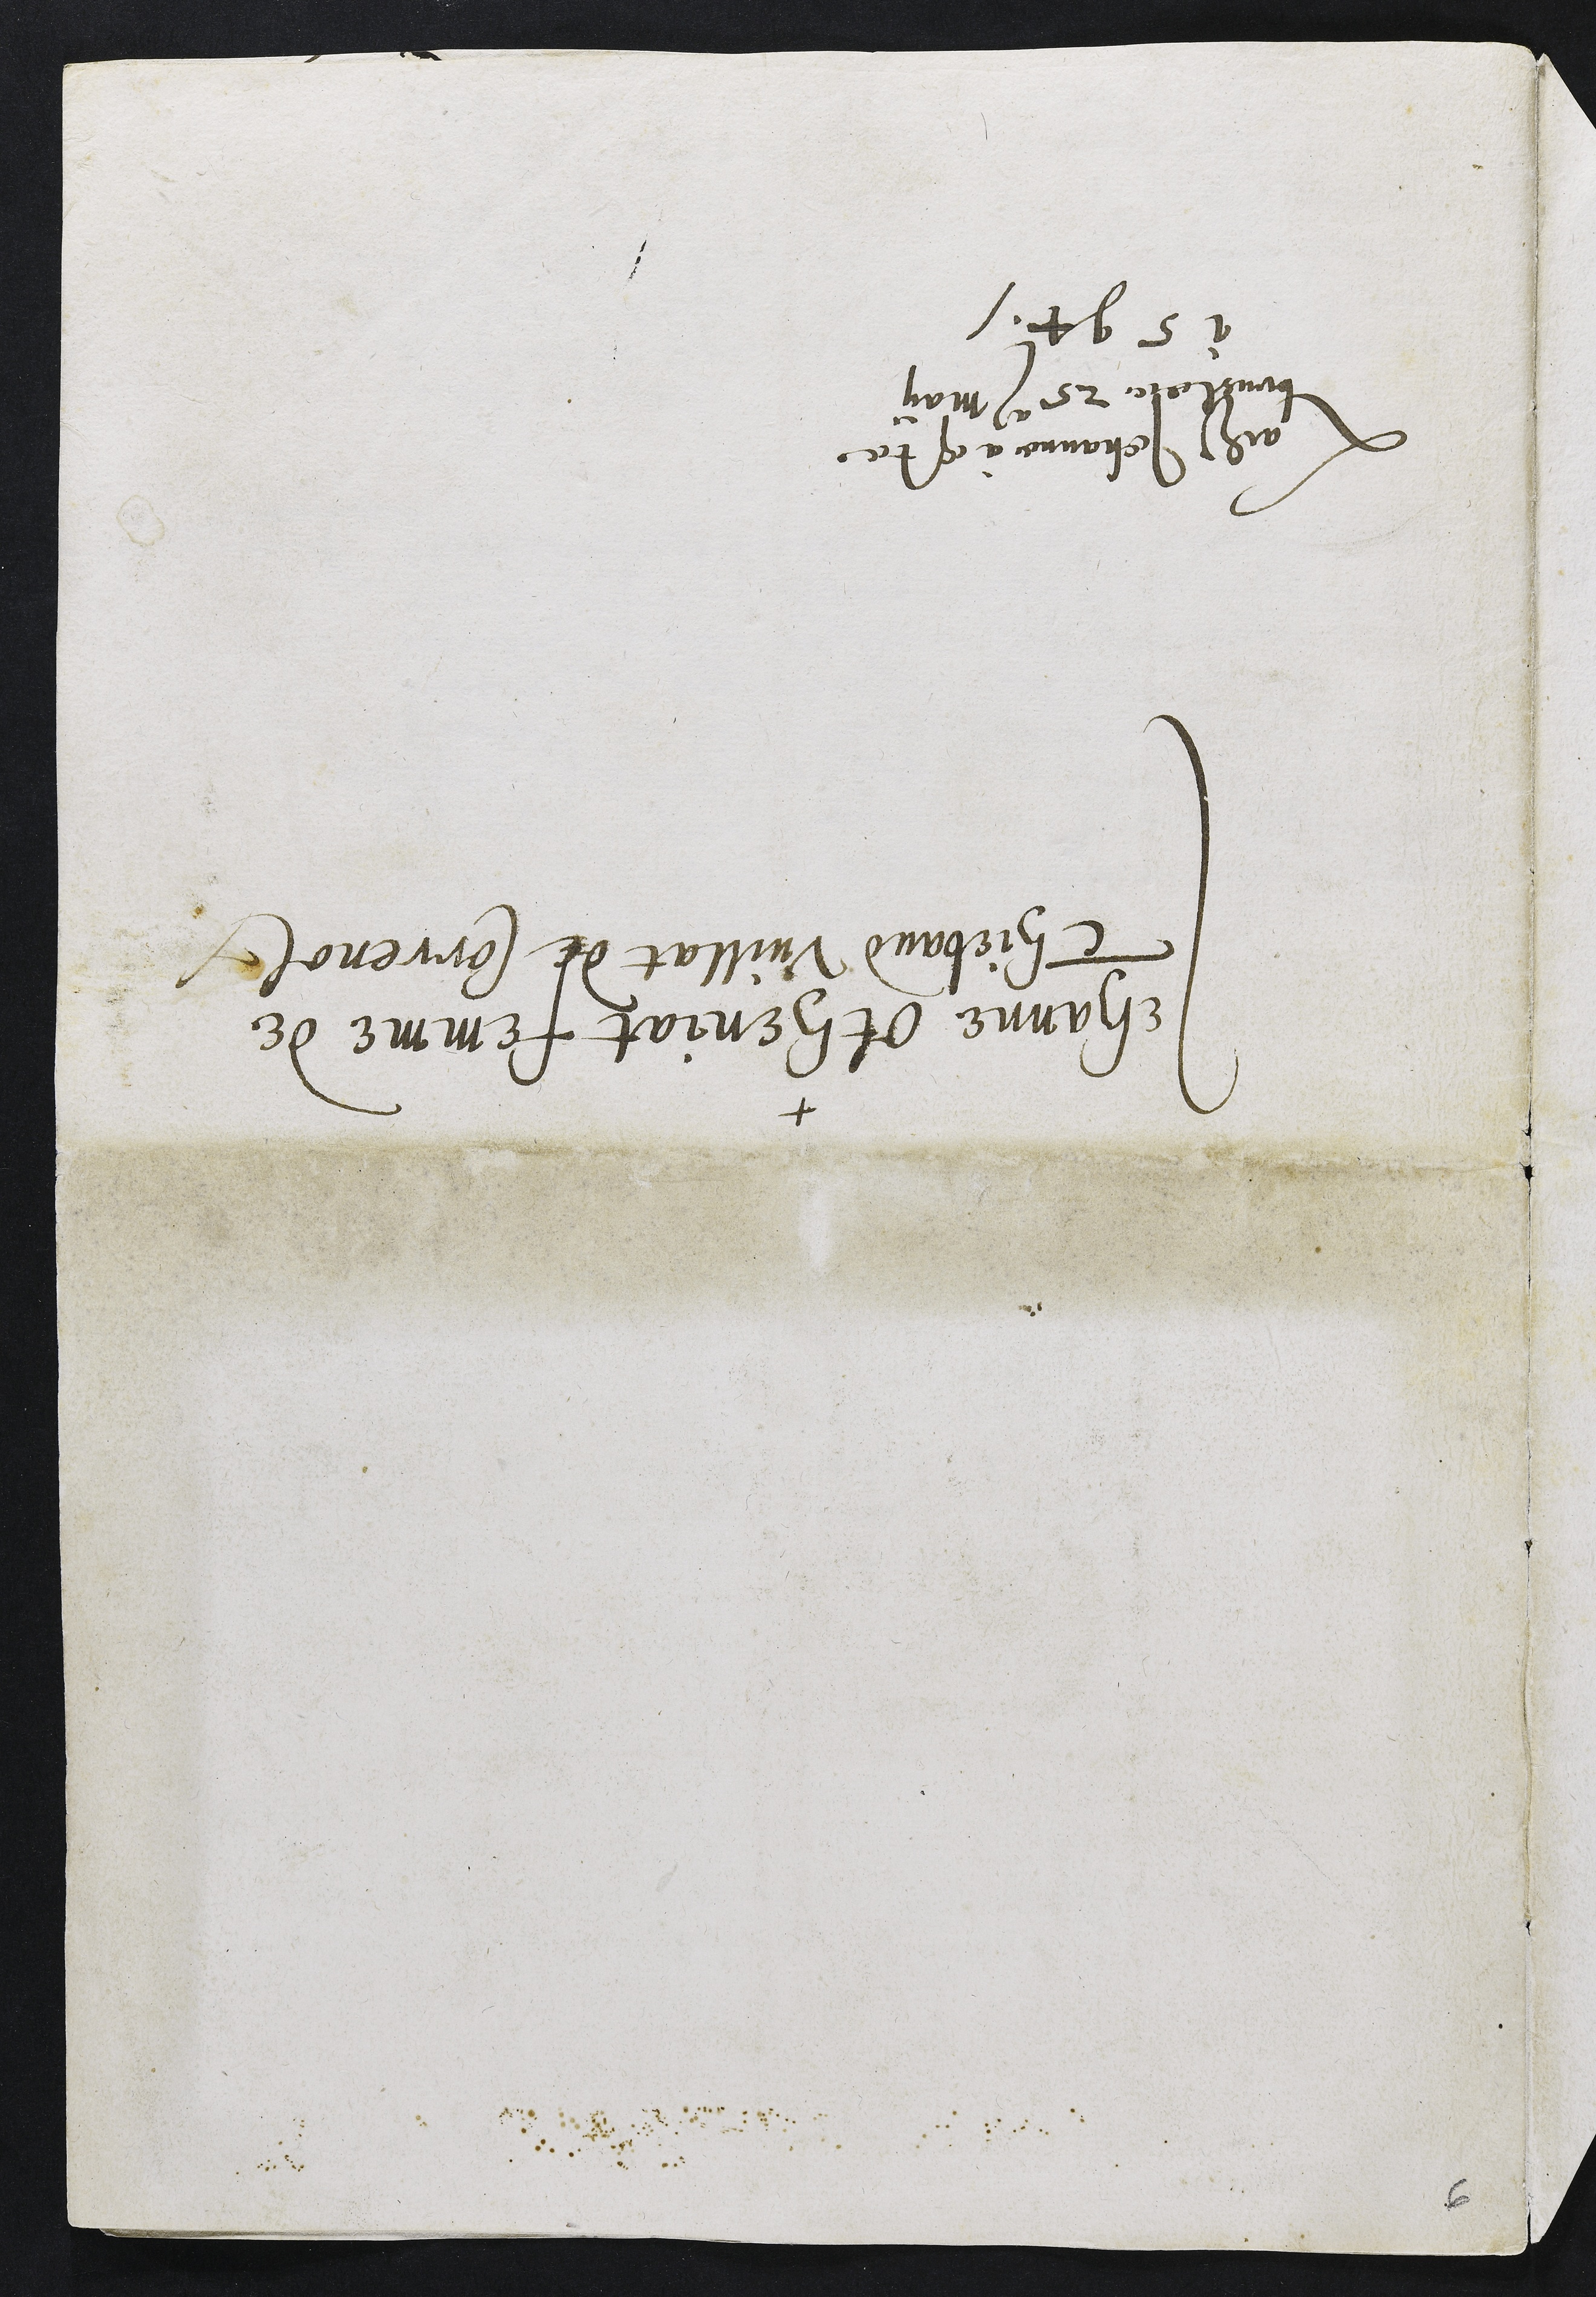
+
Jehanne otheniat femme de

Thiebaud Vuillat de Correnol

Ladite Jehanne a este
bruslee 25 may

1594
6